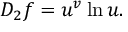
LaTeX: D _ { 2 } f = u ^ { v } \ln u .